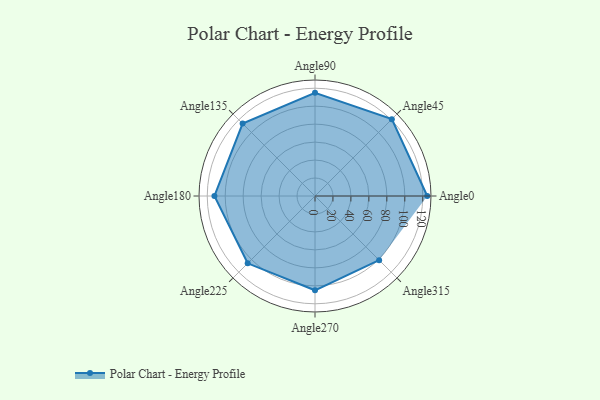
{"axis": {"x": "Angle", "y": "Radius"}, "legend": [""], "data": [{"x": "Angle0", "y": 125.0, "type": ""}, {"x": "Angle45", "y": 121.0, "type": ""}, {"x": "Angle90", "y": 115.0, "type": ""}, {"x": "Angle135", "y": 114.0, "type": ""}, {"x": "Angle180", "y": 112.0, "type": ""}, {"x": "Angle225", "y": 106.0, "type": ""}, {"x": "Angle270", "y": 105.0, "type": ""}, {"x": "Angle315", "y": 101.0, "type": ""}]}